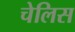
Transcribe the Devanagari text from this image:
चेलिस